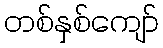
တစ်နှစ်ကျော်